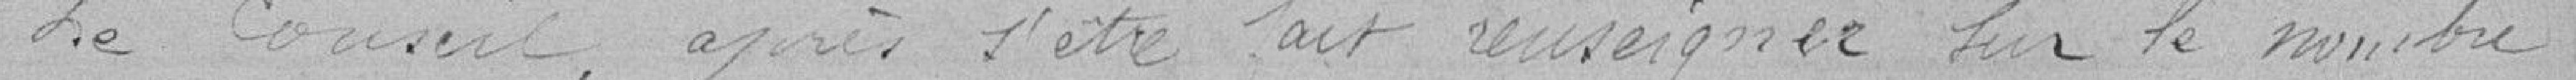
Le conseil, après s'être fait renseigner sur le nombre